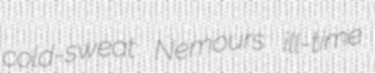
cold-sweat Nemours ill-time